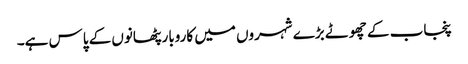
پنجاب کے چھوٹے بڑے شہروں میں کاروبار پٹھانوں کے پاس ہے۔